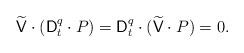
LaTeX: \begin{align*} \widetilde{\mathsf{V}}\cdot(\mathsf{D}_{t}^{q}\cdot P) = \mathsf{D}_{t}^{q}\cdot(\widetilde{\mathsf{V}}\cdot P) = 0.\end{align*}